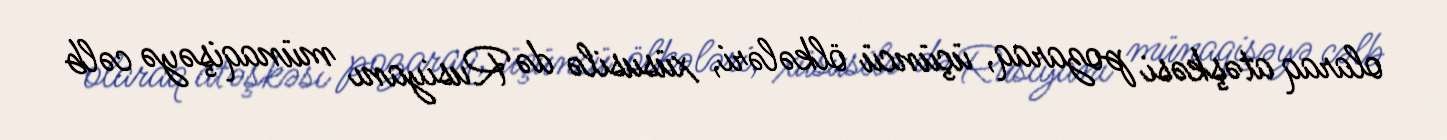
olaraq atəşkəsi pozaraq, üçüncü ölkələri, xüsusilə də Rusiyanı münaqişəyə cəlb